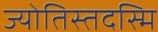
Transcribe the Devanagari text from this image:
ज्योतिस्तदस्मि